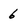
Character: 6